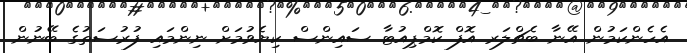
އެހެންކަމުން އޭނާ ބެޗްލަރ އޮފް ކޮމްޕިއުޓާ ސައިންސް ކިޔެވުމަށް ނިންމައި ފުރުސަތުގެ ބޭނުން